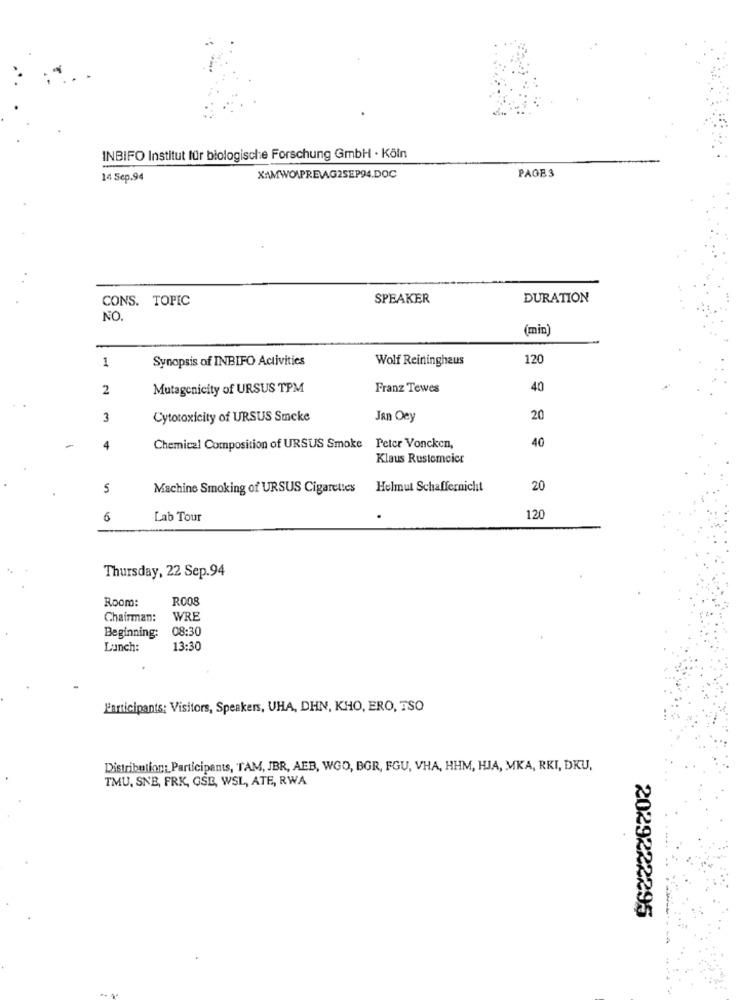
INBIFO Institut für biologische Forschung GmbH · Köln
PAGE 3
14 Sep.94
XAMWO\PREVAG2SEP94.DOC
CONS. TOPIC
SPEAKER
DURATION
NO.
(min)
Synopsis of INBIFO Activities
Wolf Reininghaus
120
1
2
Mutagenicity of URSUS TPM
Franz Tewes
40
3
Cytotoxicity of URSUS Smcke
Jan Oey
20
40
4
Chemical Composition of URSUS Smoke Peter Voncken,
Klaus Rustomcier
5
Machine Smoking of URSUS Cigarettes Helmut Schaffernicht
20
6
Lab Tour
120
Thursday, 22 Sep.94
Roomo:
ROOS
Chairman:
WRE
08:30
Beginning:
Lunch:
13:30
Participants: Visitors, Speakers, UHA, DHN, KHO, ERO, TSO
Distribution: Participants, TAM, JBR, AEB, WGO, BGR, FGU, VHA, HHM, HJA, MKA, RKI, DKU,
TMU, SNB, FRK, GSE, WSL, ATE, RWA
2029222295